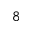
8